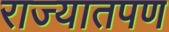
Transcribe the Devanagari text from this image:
राज्यातपण